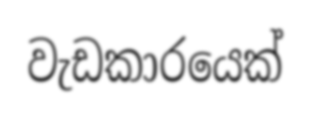
වැඩකාරයෙක්